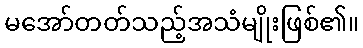
မအော်တတ်သည့်အသံမျိုးဖြစ်၏။